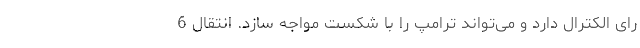
رای الکترال دارد و می‌تواند ترامپ را با شکست مواجه سازد. انتقال 6